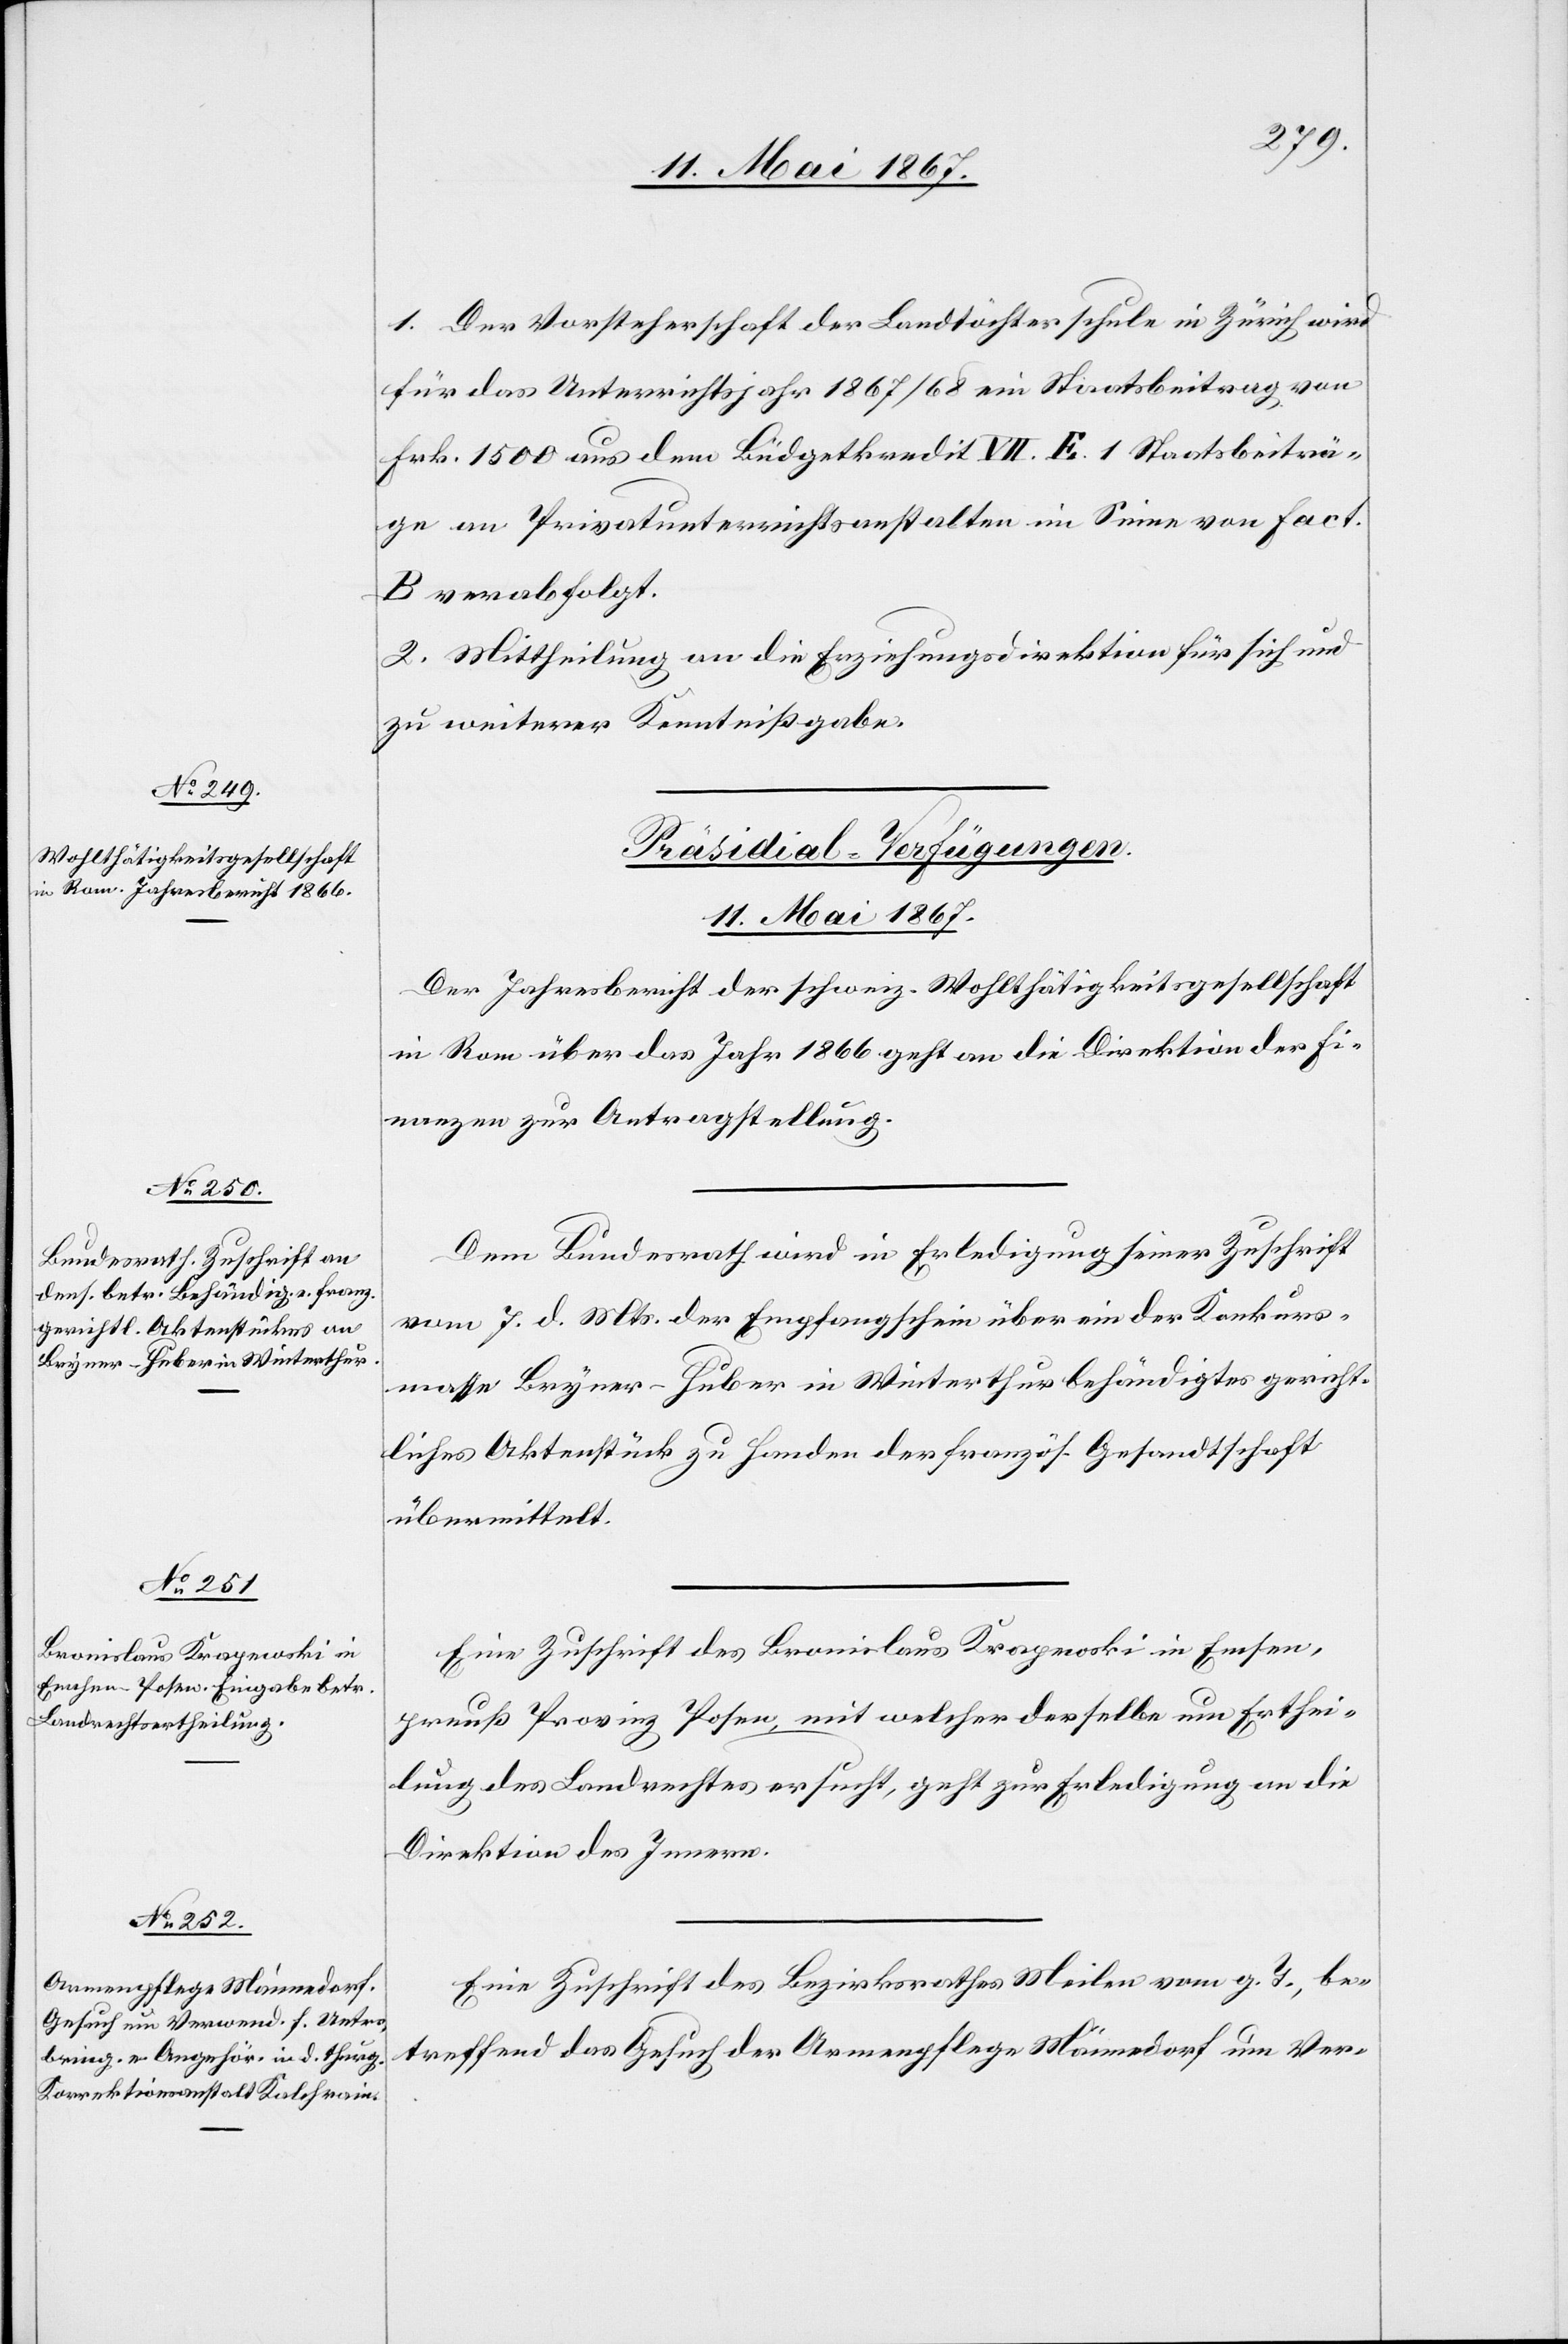
1. Der Vorsteherschaft der Landtöchterschule in Zürich wird
für das Unterrichtsjahr 1867/68 ein Staatsbeitrag von
Frk. 1500 aus dem Büdgetkredit VII. E. 1 Staatsbeiträ¬
ge an Privatunterrichtsanstalten im Sinne von Fact.
B. verabfolgt.
2. Mittheilung an die Erziehungsdirektion für sich und
zu weiterer Kenntnißgabe.
[Präsidial-Verfügungen.
11. Mai 1867.]
Der Jahresbericht der schweiz. Wohlthätigkeitsgesellschaft
in Rom über das Jahr 1866 geht an die Direktion der Fi¬
nanzen zur Antragstellung.
Dem Bundesrath wird in Erledigung seiner Zuschrift
vom 7. d. Mts. der Empfangschein über ein der Konkurs¬
masse Bryner-Huber in Winterthur behändigtes gericht¬
liches Aktenstück zu Handen der französ. Gesandtschaft
übermittelt.
Eine Zuschrift des Bronislaus Krapewski in Emsen,
preuß. Provinz Posen, mit welcher derselbe um Erthei¬
lung des Landrechtes ersucht, geht zur Erledigung an die
Direktion des Innern.
Eine Zuschrift des Bezirksrathes Meilen vom g. T., be¬
treffend das Gesuch der Armenpflege Männedorf um Ver-